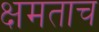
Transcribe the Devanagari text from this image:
क्षमताच